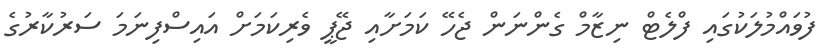
ފުވައްމުލަކުގައި ފްލެޓް ނިޒާމް ގެންނަން ޖެހޭ ކަމަށާއި ޖޭޕީ ވެރިކަމަށް އައިސްފިނަމަ ސަރުކާރުގެ